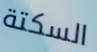
السكتة